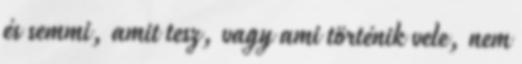
és semmi, amit tesz, vagy ami történik vele, nem